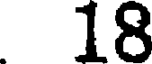
18